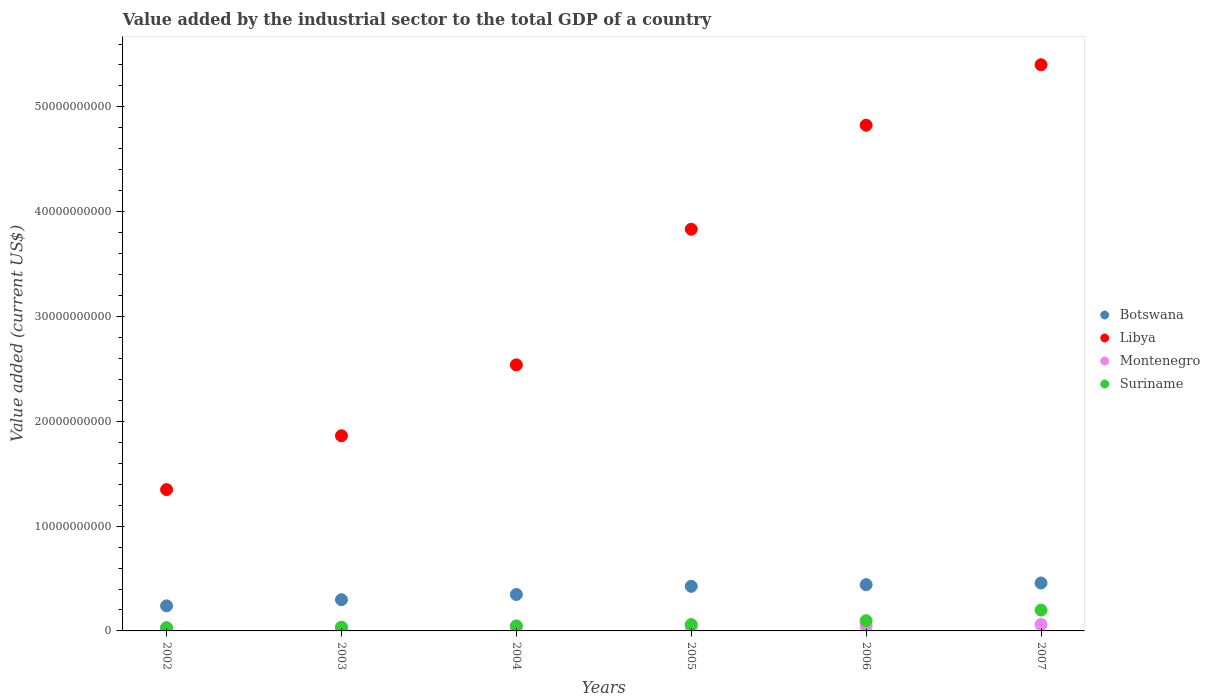
| Years | Botswana | Libya | Montenegro | Suriname |
 | --- | --- | --- | --- | --- |
 | 2002 | 2.39e+09 | 1.35e+10 | 2.77e+08 | 3.08e+08 |
 | 2003 | 2.98e+09 | 1.86e+10 | 3.3e+08 | 3.55e+08 |
 | 2004 | 3.48e+09 | 2.54e+10 | 3.93e+08 | 4.82e+08 |
 | 2005 | 4.26e+09 | 3.83e+10 | 3.91e+08 | 6.07e+08 |
 | 2006 | 4.41e+09 | 4.83e+10 | 4.49e+08 | 9.76e+08 |
 | 2007 | 4.57e+09 | 5.4e+10 | 6.09e+08 | 1.99e+09 |